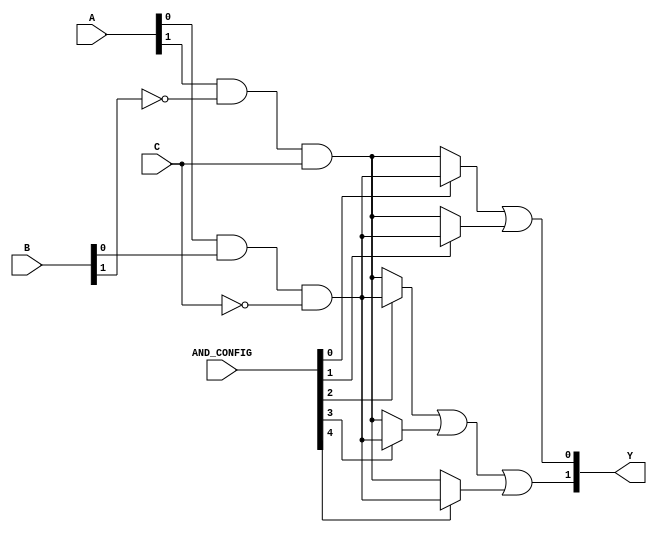
module SPAL (
    input wire [N-1:0] A,     // N-bit input vector (A[0] to A[N-1])
    input wire [M-1:0] B,     // M-bit input vector (B[0] to B[M-1])
    input wire [P-1:0] C,     // P-bit input vector (C[0] to C[P-1])
    input wire [W-1:0] AND_CONFIG, // Configuration signals for the AND array
    output wire [Q-1:0] Y      // Q-bit output vector (Y[0] to Y[Q-1])
);

// Parameters defining the number of inputs and outputs
parameter N = 3; // Number of inputs A
parameter M = 2; // Number of inputs B
parameter P = 1; // Number of inputs C
parameter W = 8; // Number of AND gates
parameter Q = 2; // Number of outputs

// Definition of the AND array
wire [W-1:0] and_out; // Outputs from the AND gates

// Programmable AND array - configurable logic
genvar i;
generate
    for (i = 0; i < W; i = i + 1) begin: and_array
        assign and_out[i] = (AND_CONFIG[i] == 1'b1) ? 
            (A[0] & B[0] & ~C[0]) : // Example of an AND gate logic
            (A[1] & ~B[1] & C[0]);  // Another example of product term
        // Extend this logic according to the configurable AND terms
    end
endgenerate

// Definition of the fixed OR array
assign Y[0] = and_out[0] | and_out[1]; // Output Y1 from AND gate outputs
assign Y[1] = and_out[2] | and_out[3] | and_out[4]; // Output Y2 from other AND gate outputs

// Additional logic can be added for more outputs
// Ensure to capture the required product terms based on logic configurations

endmodule